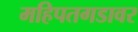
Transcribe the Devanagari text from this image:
महिपतगडावर